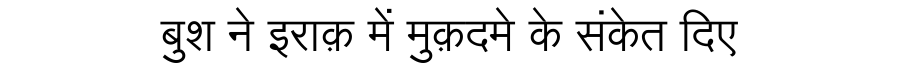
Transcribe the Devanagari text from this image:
बुश ने इराक़ में मुक़दमे के संकेत दिए